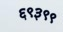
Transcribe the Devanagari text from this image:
६९३९९